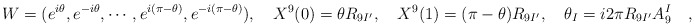
\begin{align*}W = (e^{i\theta}, e^{-i\theta}, \cdots, e^{i(\pi - \theta)},e^{-i(\pi - \theta)}), \quad X^9(0)= \theta R_{9I^{\prime}},\quad X^9(1)= (\pi - \theta) R_{9I^{\prime}}, \quad \theta_{I} = i2\pi R_{9I^{\prime}} A^I_{9} \quad ,\end{align*}